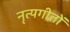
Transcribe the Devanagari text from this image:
नृत्यगीतों